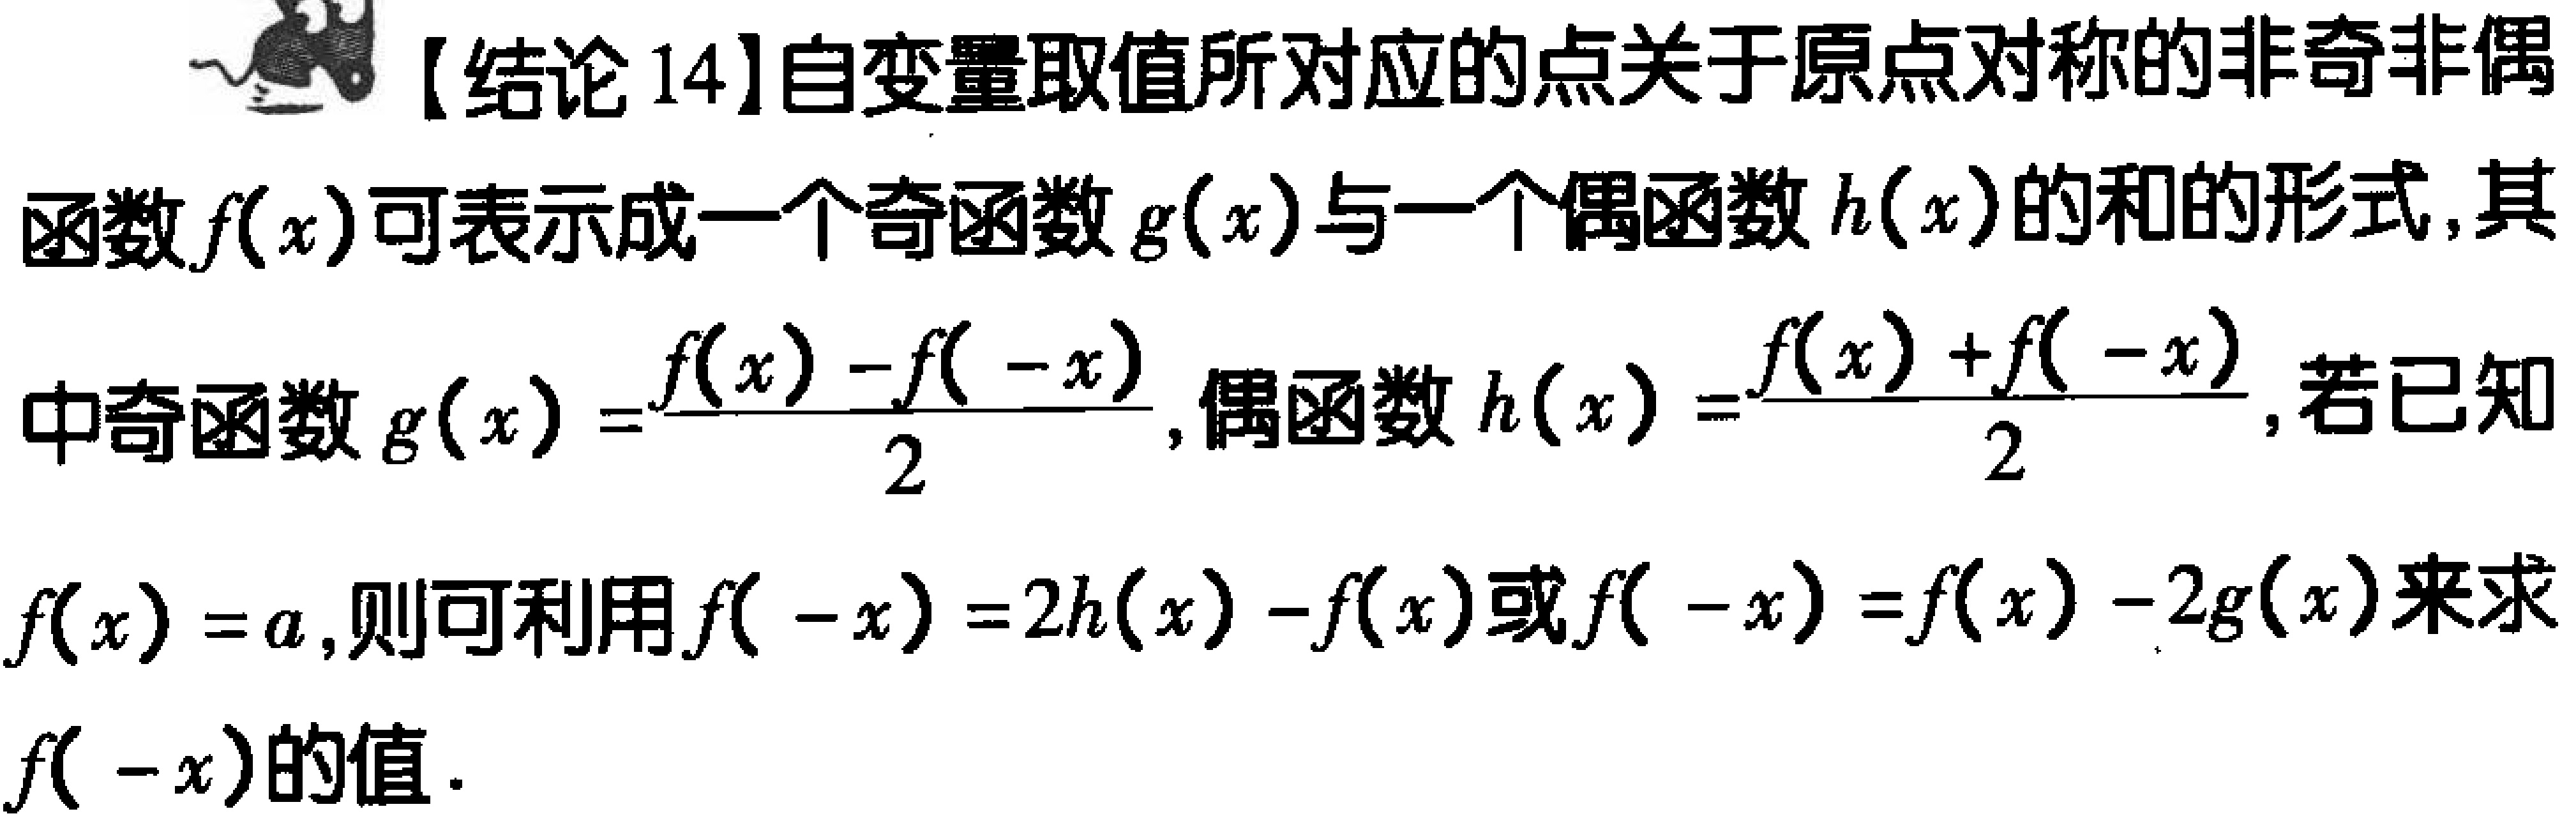
【结论 14】自变量取值所对应的点关于原点对称的非奇非偶函数\(f(x)\)可表示成一个奇函数\(g(x)\)与一个偶函数\(h(x)\)的和的形式, 其中奇函数\(g(x)=\frac{f(x)-f(-x)}{2}\), 偶函数\(h(x)=\frac{f(x)+f(-x)}{2}\), 若已知\(f(x)=a\), 则可利用\(f(-x)=2h(x)-f(x)\)或\(f(-x)=f(x)-2g(x)\)来求\(f(-x)\)的值.